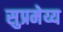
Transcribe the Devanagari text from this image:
सुप्रमेय्य